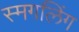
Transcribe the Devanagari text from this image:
स्मगलिंग